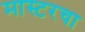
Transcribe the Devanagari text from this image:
मास्टरचा